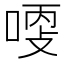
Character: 𠶺